Tezpur Lunatic Asylum reports 1877-1894 - 1877-1894
Year: 1877
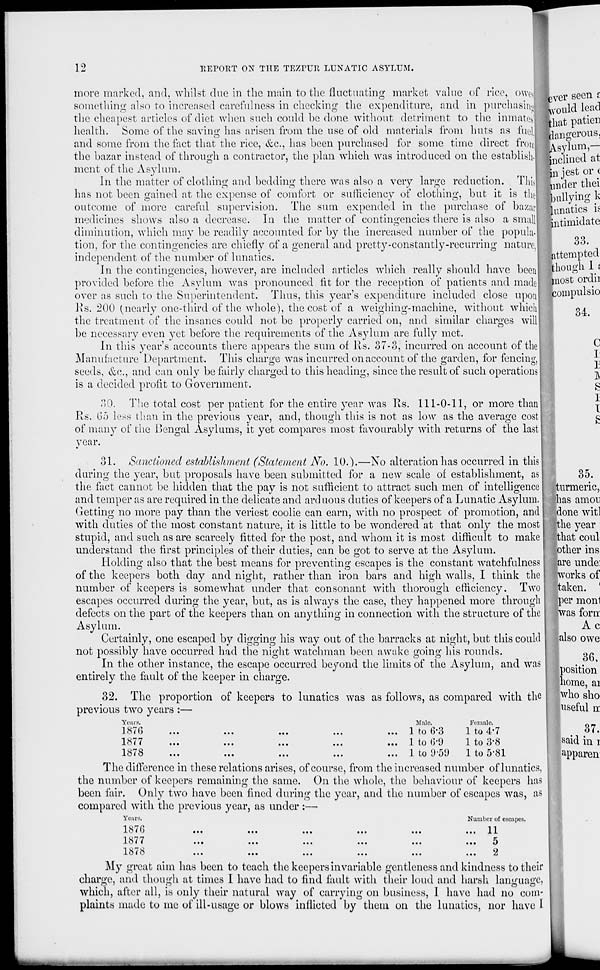
12
REPORT ON THE TEZPUR LUNATIC ASYLUM.
more marked, and, whilst due in the main to the fluctuating market value of rice, owd
something also to increased carefulness in checking the expenditure, and in purehasinj
the cheapest articles of diet when such could be done without detriment to the inmates'!
health. Some of the saving has arisen from the use of old materials from huts as fuel!
and some from the fact that the rice, &c., has been purchased for some time direct froij
the bazar instead of through a contractor, the plan which was introduced on the establish.)
ment of the Asylum.
In the matter of clothing and bedding there was also a very large reduction. This!
has not been gained at the expense of comfort or sufficiency of clothing, but it is tliej
outcome of more careful supervision. The sum expended in the purchase of bazar!
medicines shows also a decrease. In the matter of contingencies there is also a small!
diminution, which may be readily accounted for by the increased number of the popula-
tion, for the contingencies are chiefly of a general and pretty-constantly-recurring nature,
independent of the number of lunatics.
In the contingencies, however, are included articles which really should have beenl
provided before the Asylum was pronounced fit for the reception of patients and made
over as such to the Superintendent. Thus, this year's expenditure included close upon
Ks. 200 (nearly one-third of the whole), the cost of a weighing-machine, without which
the treatment of the insanes could not be properly carried on, and similar charges will]
be necessary even yet before the rccjuirements of the Asylum are fully met.
In this year's accounts there appears the sum of Rs. 37-3, incurred on account of the]
Manufacture Department. This charge was incurred on account of the garden, for fencing,
seeds, &c, and can only be fairly charged to this heading, since the result of such operations
is a decided profit to Government.
30. The total cost per patient for the entire year was 11s. 111-0-11, or more than
Rs. 65 less than in the previous year, and, though this is not as low as the average cost!
of many of the Bengal Asylums, it yet compares most favourably with returns of the last
year.
31. Sanctioned establishment (Statement No. 10.).—No alteration has occurred in this
during the year, but proposals have been submitted for a new scale of establishment, as
the fact cannot be hidden that the pay is not sufficient to attract such men of intelligence
and temper as are required in the delicate and ard uous duties of keepers of a Lunatic Asylum,
(letting no more pay than the veriest coolie can earn, with no prospect of promotion, and
with duties of the most constant nature, it is little to be wondered at that only the most
stupid, and such as are scarcely fitted for the post, and whom it is most difficult to make
understand the first principles of their duties, can be got to serve at the Asylum.
Holding also that the best means for preventing escapes is the constant watchfulness
of the keepers both clay and night, rather than iron bars and high walls, I think the
number of keepers is somewhat under that consonant with thorough efficiency. Two
escapes occurred during the year, but, as is always the case, they happened more through
defects on the part of the keepers than on anything in connection with the structure of the
Asylum.
Certainly, one escaped by digging his way out of the barracks at night, but this could
not possibly have occurred had the night watchman been awake going his rounds.
In the other instance, the escape occurred beyond the limits of the x\syluin, and was
entirely the fault of the keeper in charge.
32. The proportion of keepers to lunatics was as follows, as compared with the
previous two years :—
Years.
Male.
Female.
187G
...
...
...
...
... 1 to 6-3
1 to 4-7
1^77
...
...
...
...
... 1 to ()*9
1 to 3*8
1878
...
...
...
...
... 1 to 0'5'J
1 to 5*81
The difference in these relations arises, of course, from the increased number of lunatics,
the number of keepers remaining the same. On the whole, the behaviour of keepers has
been fair. Only two have been fined during the year, and the number of escapes was, as
compared with the previous year, as under :—
Years.
Number of escapes.
L o i O
••.
...
...
...
...
...II
• ' ' •
...
...
...
...
...
•••
t)
XOIo
...
•••
...
...
...
.«•
&
My great aim has been to teach the keepers invariable gentleness and kindness to their
charge, and though at times I have had to find fault with their loud and harsh language,
which, after all, is only their natural way of carrying on business, I have had no com-
plaints made to me of ill-usage or blows inflicted by them on the lunatics, nor have I
1
I
35.
turmeric,
has amon
done witl
the year
that coul
other ins
are uncle:
works of
taken,
per monl
was foru
Ac
also owe
36.
position
home, ai
who sho
useful n
37.
said in r
apparen